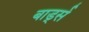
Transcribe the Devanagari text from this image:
बार्ड्स